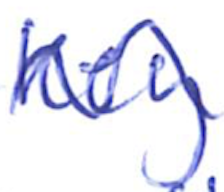
Text: key
Cross-out: wave
Writing tool: ballpoint